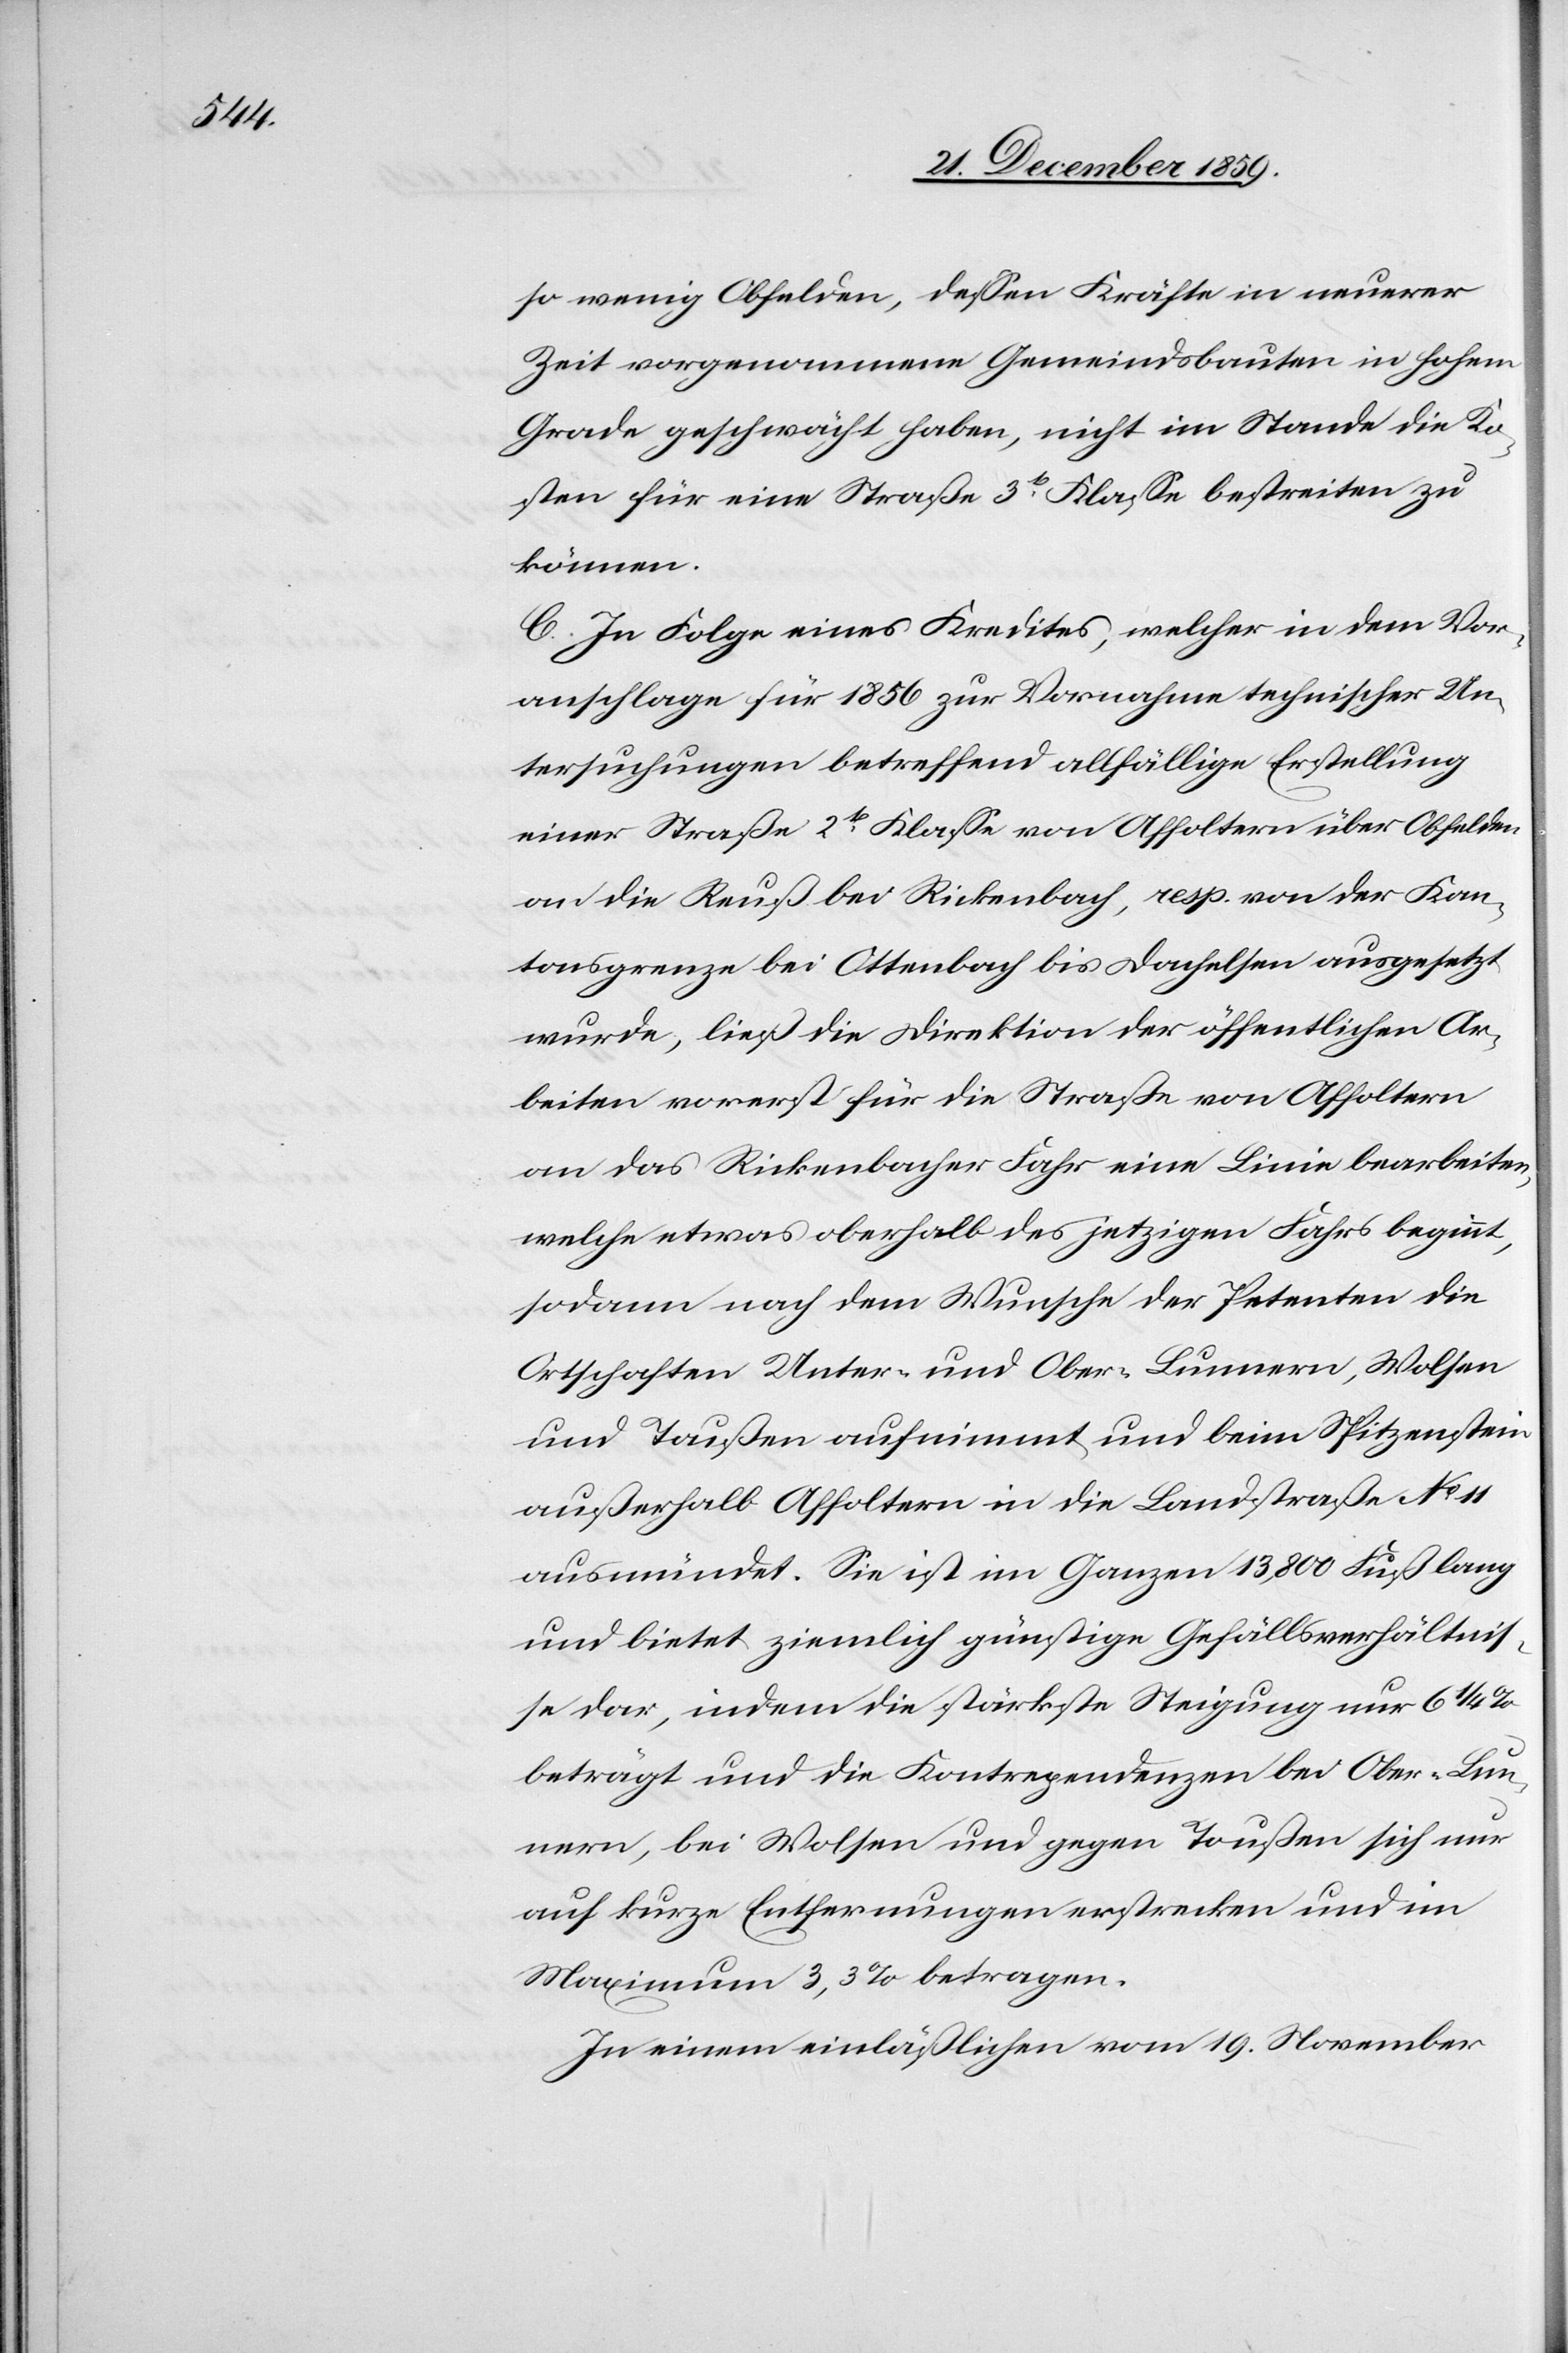
so wenig Obfelden, dessen Kräfte in neuerer
Zeit vorgenommene Gemeindsbauten in hohem
Grade geschwächt haben, nicht im Stande die Ko¬
sten für eine Straße 3te Klasse bestreiten zu
können.
C. In Folge eines Kredites, welcher in dem Vor¬
anschlage für 1856 zur Vornahme technischer Un¬
tersuchungen betreffend allfällige Erstellung
einer Straße 2te Klasse von Affoltern über Obfelden
an die Reuß bei Rickenbach, resp. von der Kan¬
tonsgrenze bei Ottenbach bis Dachelsen ausgesetzt
wurde, ließ die Direktion der öffentlichen Ar¬
beiten vorerst für die Straße von Affoltern
an das Rickenbacher Fahr eine Linie bearbeiten,
welche etwas oberhalb des jetzigen Fahrs beginnt,
sodann nach dem Wunsche der Petenten die
Ortschaften Unter- und Ober-Lunnern, Wohlen
und Toußen aufnimmt und beim Spitzenstein
außerhalb Affoltern in die Landstraße No. 11
ausmündet. Sie ist im Ganzen 13,800 Fuß lang
und bietet ziemlich günstige Gefällsverhältnis¬
se dar, indem die stärkste Steigung nur 6 1/4
beträgt und die Kontrependenzen bei Ober-Lun¬
nern, bei Wohlen und gegen Toußen sich nur
auf kurze Entfernungen erstrecken und im
Maximum 3,3% betragen.
In einem einläßlichen vom 19. November